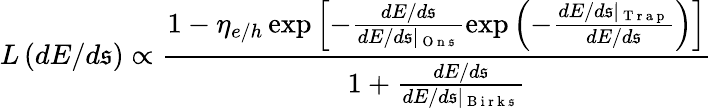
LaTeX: L\left(dE/d\mathfrak{s}\right)\propto\frac{{1-\eta_{e/h}\exp{\left[-\frac{{dE/d\mathfrak{s}}}{{dE/d\mathfrak{s}\mid_{\mathrm{{~O~n~\mathfrak{s}~}}}}}\exp{\left(-\frac{{dE/d\mathfrak{s}\mid_{\mathrm{{~T~r~a~p~}}}}}{{dE/d\mathfrak{s}}}\right)}\right]}}}{{1+\frac{{dE/d\mathfrak{s}}}{{dE/d\mathfrak{s}\mid_{\mathrm{{~B~i~r~k~\mathfrak{s}~}}}}}}}